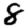
Digit: 8